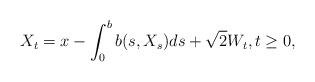
LaTeX: \begin{align*}X_t=x - \int_0^b b(s,X_s)ds + \sqrt{2}W_t, t \geq 0,\end{align*}